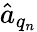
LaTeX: \hat{a}_{q_{n}}